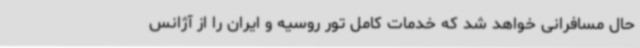
حال مسافرانی خواهد شد که خدمات کامل تور روسیه و ایران را از آژانس